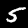
Digit: 5